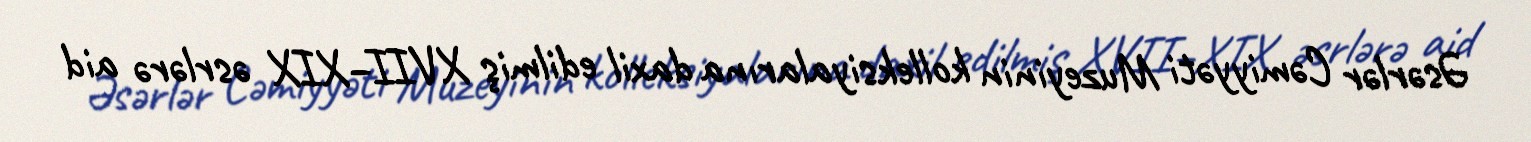
Əsərlər Cəmiyyəti Muzeyinin kolleksiyalarına daxil edilmiş XVII–XIX əsrlərə aid